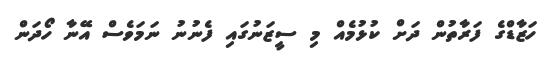
ހަޒާޑްގެ ފަރާތުން ދަށް ކުޅުމެއް މި ސީޒަނުގައި ފެނުނު ނަމަވެސް އޭނާ ހޯދަން